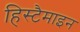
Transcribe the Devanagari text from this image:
हिस्टैमाइन